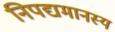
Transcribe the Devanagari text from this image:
निपद्यमानस्य